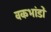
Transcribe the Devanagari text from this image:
वकभांडों